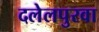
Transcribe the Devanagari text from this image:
दलेलपुरवा